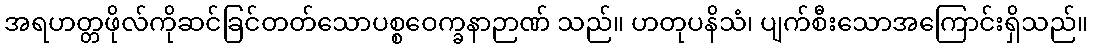
အရဟတ္တဖိုလ်ကိုဆင်ခြင်တတ်သောပစ္စဝေက္ခနာဉာဏ် သည်။ ဟတုပနိသံ၊ ပျက်စီးသောအကြောင်းရှိသည်။